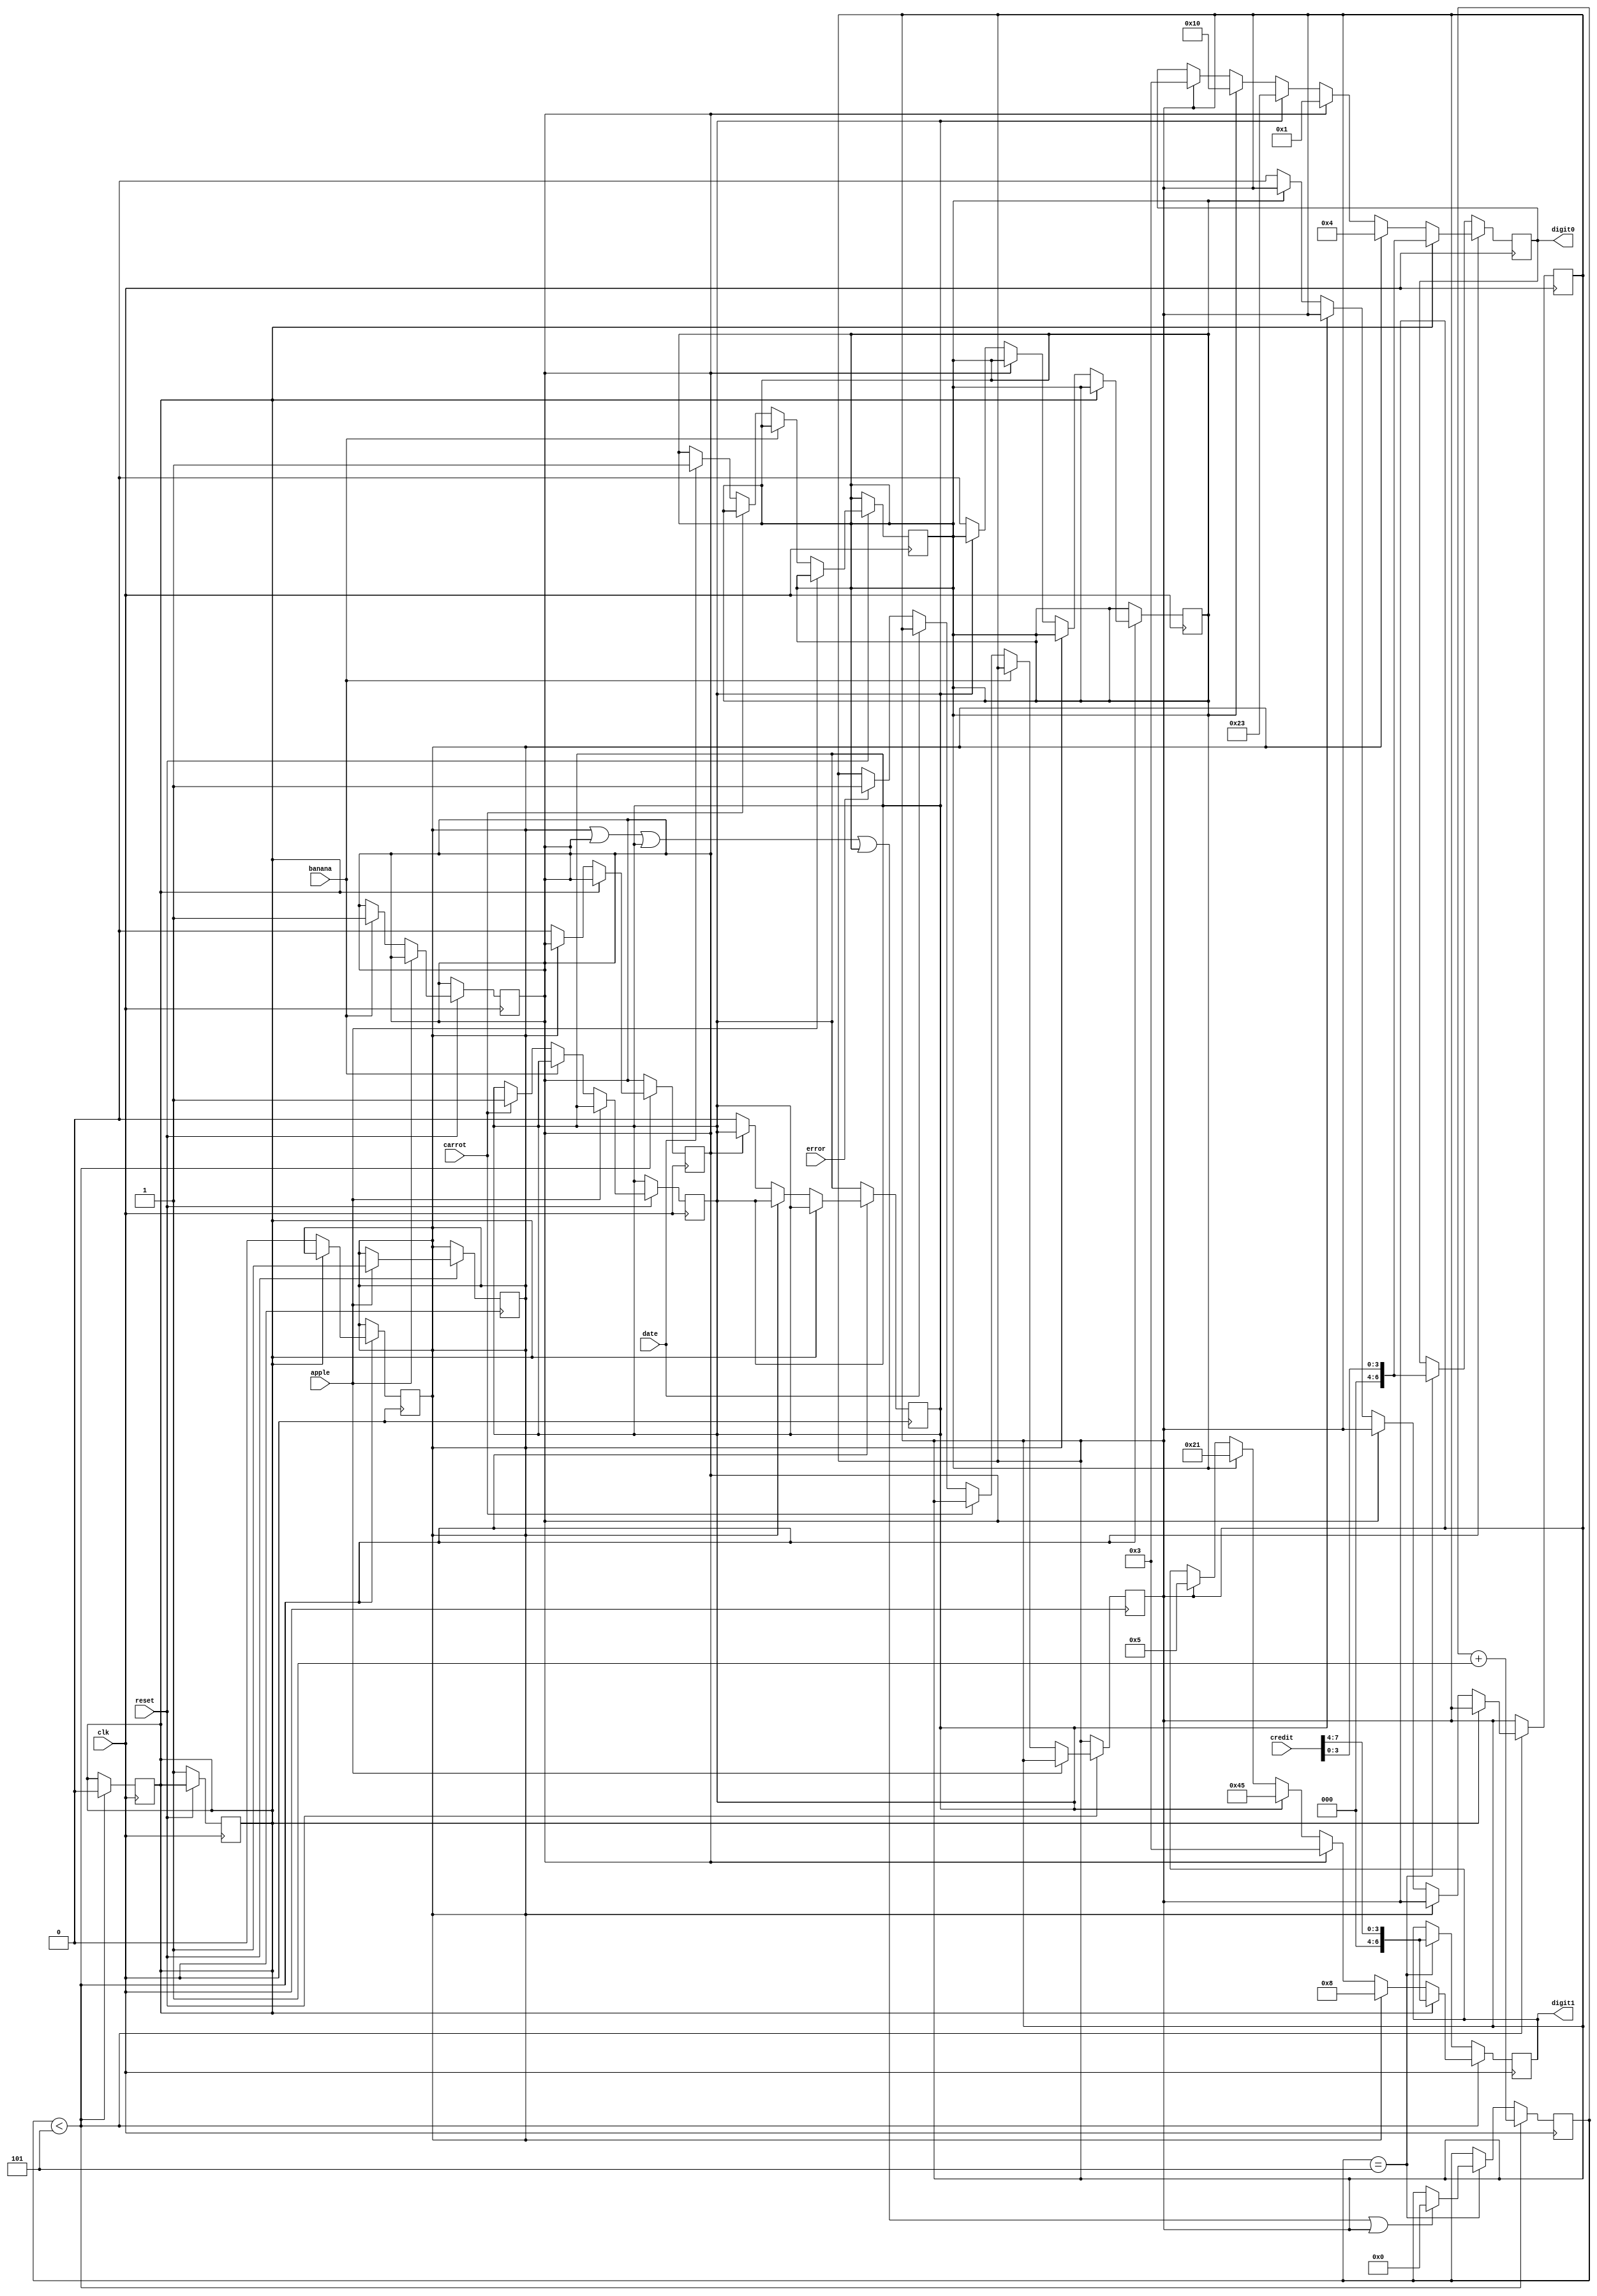
module sevenSegDispMngr (clk, reset, apple, banana, carrot, date, error, credit, digit1, digit0);

	input clk, reset, apple, banana, carrot, date, error;

	reg 	reset1, apple1, banana1, carrot1, date1, error1;   //Inner regs
	input   [7:0] credit;
	output  [6:0] digit0, digit1;
	reg	[6:0] digit0, digit1;

	reg	[3:0] counter = 3'd5;     // Counter to count 6 cycles
	
	//Read inputs on negedge
	always @ (negedge clk) begin
	
		if (!reset) reset1 <= 1;
		else if (apple) apple1 <= 1;
		else if (banana) banana1 <= 1;
		else if (carrot) carrot1 <= 1;
		else if (date) date1 <= 1;
		else if (error) error1 <= 1;
		
	end

	//Assign outputs on posedge
	always @ (posedge clk) begin

		//Active counter
		if (counter < 3'd5) begin
		
			//Reset - Display credit
			if	(reset1) begin
				counter <= 3'd5;
				digit0 <= credit[3:0];
				digit1 <= credit[7:4];
				reset1 <= 0;
			end
			//Apple - "aa"
			else if (apple1) begin
				digit0 <= 7'h4;
				digit1 <= 7'h8;
				apple1 <= 0;
			end
			//Banana - "bb"
			else if (banana1) begin
				digit0 <= 7'h1;
				digit1 <= 7'h83;
				banana1 <= 0;
			end
			//Carrot - "cc"
			else if (carrot1) begin
				digit0 <= 7'h23;
				digit1 <= 7'h45;
				carrot1 <= 0;
			end
			//Date - "dd"
			else if (date1) begin
				digit0 <= 7'h10;
				digit1 <= 7'hA1;
				date1 <= 0;
			end
			//Error - "ee"
			else if (error1) begin
				digit0 <= 7'h3;
				digit1 <= 7'h5;
				error1 <= 0;
			end
			
			counter <= counter + 1'd1;
		
		end
		
		//Inactive counter
		else if (counter == 5) begin
			// Display credit
			digit0 <= credit[3:0];
			digit1 <= credit[7:4];
			//If purchase, set to starting value
			if (apple1 || banana1 || carrot1 || date1 || error1)
				counter <= 3'd0;
		end
	end

endmodule